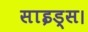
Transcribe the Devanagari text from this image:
साइड्स।